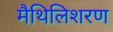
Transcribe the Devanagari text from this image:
मैथिलिशरण